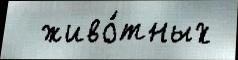
  живо́тных